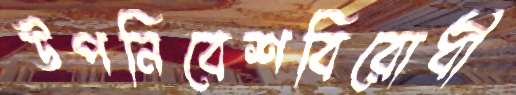
উপনিবেশবিরোধী